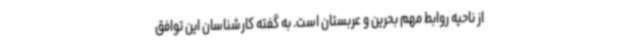
از ناحیه روابط مهم بحرین و عربستان است. به گفته کارشناسان این توافق